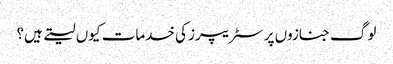
لوگ جنازوں پر سٹریپرز کی خدمات کیوں لیتے ہیں؟